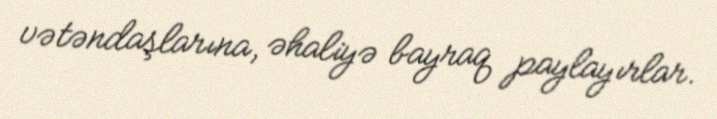
vətəndaşlarına, əhaliyə bayraq paylayırlar.